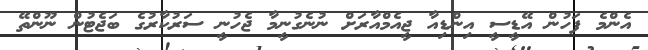
އެންމެ ފަހުން އޭޑީސީ އިންޑިއާ ޖީއެމްއާރަށް ނުނެގުނީމާ ޖެހުނީ ސަރުކާރުގެ ބަޖެޓުން ނޫންތޭ